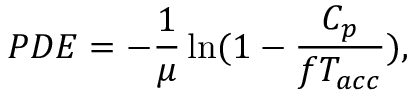
P D E = - \frac { 1 } { \mu } \ln ( 1 - \frac { C _ { p } } { f T _ { a c c } } ) ,